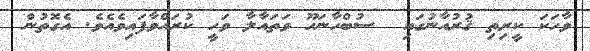
ވާހަކަ ކީރިތި ޤުރުއާނުގައި  ސުބްހާނަހޫ ވަތައާލާ ވަހީ ކުރައްވާފައިވެއެވެ. އެގޮތުން